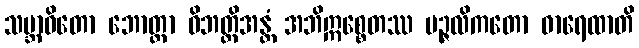
သမ္ဘာဝိတော ဘောတ္တာ ဝိဘတ္တိအန္တံ အဘိဣစ္စေတဿ ပဉ္ဇလိကတော ဓာရေထာတိ